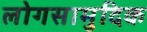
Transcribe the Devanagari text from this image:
लोगसामुदिक